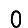
Digit: 0